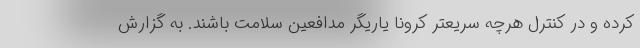
کرده و در کنترل هرچه سریعتر کرونا یاریگر مدافعین سلامت باشند. به گزارش